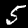
Label: 5